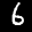
Label: 6